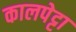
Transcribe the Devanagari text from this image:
कालपेट्टा